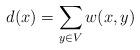
LaTeX: \begin{align*}d(x)=\sum_{y\in V} w(x, y)\end{align*}